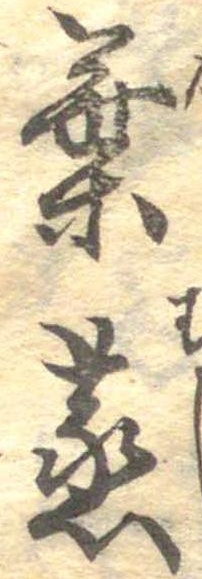
葉蒸